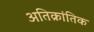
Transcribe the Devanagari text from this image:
अतिक्रांतिक